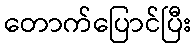
တောက်ပြောင်ပြီး